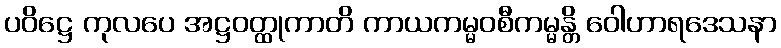
ပဝိဋ္ဌေ ကုလပေ အဋ္ဌဝတ္ထုကာတိ ကာယကမ္မဝစီကမ္မန္တိ ဝေါဟာရဒေသနာ